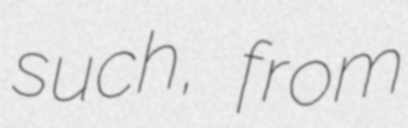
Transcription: such, from